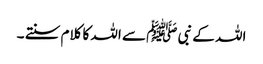
اللہ کے نبی ﷺ سے اللہ کا کلام سنتے ۔